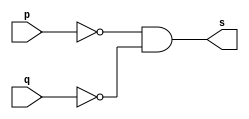
// ------------------------- 
// Exemplo0010 - nor 
// Nome: Oswaldo Oliveira Paulino
// ------------------------- 

// --------------------- 
// -- nor gate 
// --------------------- 

module norgate (output s, input p, input q); 
	assign s = ~p & ~q; 
endmodule // nor

// --------------------- 
// -- test norgate 
// --------------------- 

module testnorgate; 

// ------------------------- dados locais 
	reg a,b; // definir registrador 
	wire s; // definir conexao (fio) 
	
// ------------------------- instancia 
norgate NOR1 (s, a, b); 

// ------------------------- preparacao 
initial begin:start 
	a=0;
	b=0;
end 

// ------------------------- parte principal 
initial begin:main 
	$display("Exemplo0010 - Oswaldo Oliveira Paulino - 382175"); 
	$display("Test nor gate"); 
	$display("\n a' & b' = s\n"); 
	$monitor(" %b & %b = %b", a, b, s); 
	#1 a=0; b=0; 
	#1 a=0; b=1; 
	#1 a=1; b=0; 
	#1 a=1; b=1; 
end 

endmodule // testnorgate 

// ------------------------------ documentacao complementar
/*
    Exemplo0010 - Oswaldo Oliveira Paulino - 382175
    Test nor gate
    
     a' & b' = s
    
     0 & 0 = 1
     0 & 1 = 0
     1 & 0 = 0
     1 & 1 = 0
*/